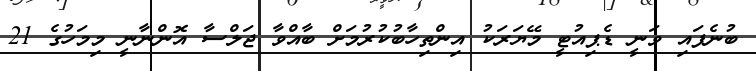
ބުނެފައި ވަނީ ޑެޕިއުޓީ މޭޔަރަކު އިންތިހާބުކުރުމަށް ބާއްވާ ޖަލްސާ އޮންނާނީ މިމަހުގެ 21